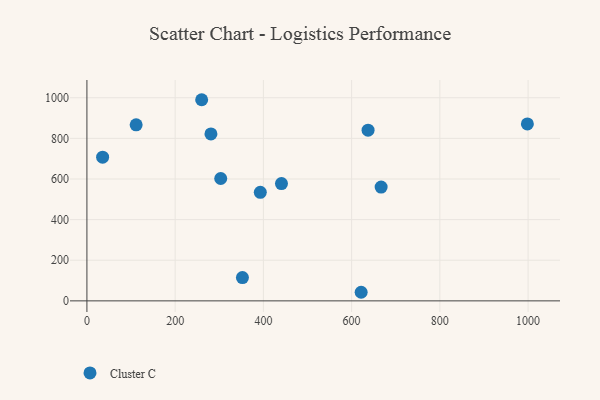
{"axis": {"x": "Study Hours", "y": "Profit"}, "legend": ["Cluster C"], "data": [{"x": "111.6", "y": 866.6, "type": "Cluster C"}, {"x": "621.6", "y": 42.3, "type": "Cluster C"}, {"x": "281.1", "y": 821.7, "type": "Cluster C"}, {"x": "35.6", "y": 707.5, "type": "Cluster C"}, {"x": "637.3", "y": 840.2, "type": "Cluster C"}, {"x": "393.0", "y": 534.3, "type": "Cluster C"}, {"x": "303.3", "y": 602.3, "type": "Cluster C"}, {"x": "998.4", "y": 870.9, "type": "Cluster C"}, {"x": "666.9", "y": 560.4, "type": "Cluster C"}, {"x": "441.0", "y": 577.6, "type": "Cluster C"}, {"x": "352.5", "y": 114.5, "type": "Cluster C"}, {"x": "260.1", "y": 990.2, "type": "Cluster C"}]}